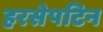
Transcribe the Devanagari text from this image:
हरसेपटिन